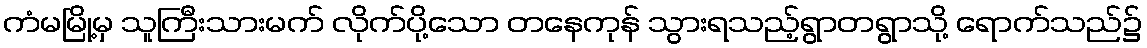
ကံမမြို့မှ သူကြီးသားမက် လိုက်ပို့သော တနေကုန် သွားရသည့်ရွာတရွာသို့ ရောက်သည်၌